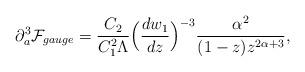
LaTeX: \begin{align*}\partial_a^3{\cal F}_{gauge}=\frac{C_2}{C_1^2\Lambda}\Big(\frac{dw_1}{dz}\Big)^{-3}\frac{\alpha^2}{(1-z)z^{2\alpha+3}},\end{align*}